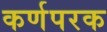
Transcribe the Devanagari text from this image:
कर्णपरक